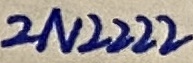
Text: 2N2222